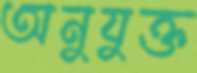
অনুযুক্ত